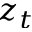
z _ { t }